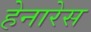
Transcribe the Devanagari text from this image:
हेनारेस